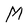
Character: M